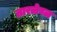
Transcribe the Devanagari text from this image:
तारळेघळ